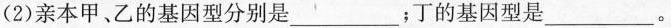
(2)亲本甲、乙的基因型分别是___；丁的基因型是___。